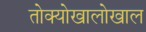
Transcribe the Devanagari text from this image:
तोक्योखालोखाल